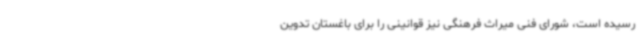
رسیده است، شورای فنی میراث فرهنگی نیز قوانینی را برای باغستان تدوین